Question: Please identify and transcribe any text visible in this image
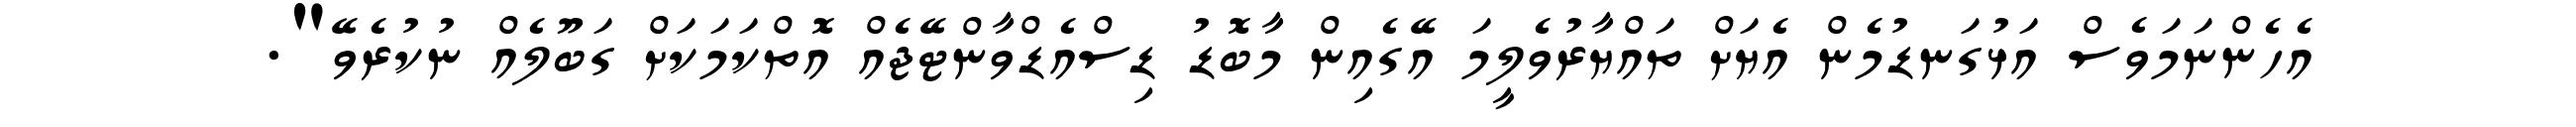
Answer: އެހެންނަމަވެސް އަޅުގަނޑުމެން އެޔަށް ތައްޔާރުވެލީމަ އޭގެއިން މާބޮޑު ޑިސްއެޑްވާންޓޭޖެއް އޮތްކަމަކަށް ގަބޫލެއް ނުކުރެވޭ".